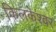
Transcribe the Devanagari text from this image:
किलकेश्‍वर